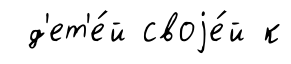
д'ет'е́й своjе́й к